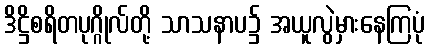
ဒိဋ္ဌိစရိတပုဂ္ဂိုလ်တို့ သာသနာပ၌ အယူလွဲမှားနေကြပုံ